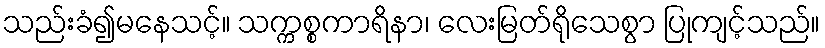
သည်းခံ၍မနေသင့်။ သက္ကစ္စကာရိနာ၊ လေးမြတ်ရိုသေစွာ ပြုကျင့်သည်။